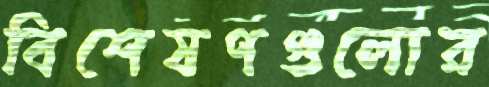
বিশেষণগুলোর